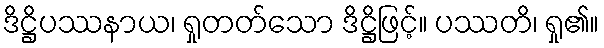
ဒိဋ္ဌိပဿနာယ၊ ရှုတတ်သော ဒိဋ္ဌိဖြင့်။ ပဿတိ၊ ရှု၏။